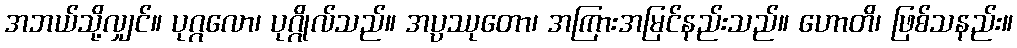
အဘယ်သို့လျှင်။ ပုဂ္ဂလော၊ ပုဂ္ဂိုလ်သည်။ အပ္ပဿုတော၊ အကြားအမြင်နည်းသည်။ ဟောတိ၊ ဖြစ်သနည်း။